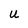
Character: U